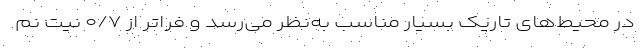
در محیط‌های تاریک بسیار مناسب به‌نظر می‌رسد و فراتر از ۰/۷ نیت نم